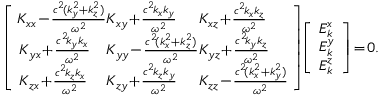
\begin{array} { r l } & { \left[ \begin{array} { l l l } { \! K _ { x x } \! - \! \frac { c ^ { 2 } \! ( k _ { y } ^ { 2 } + k _ { z } ^ { 2 } ) } { \omega ^ { 2 } } \! \! \! } & { \! \! \! K _ { x y } \! + \! \frac { c ^ { 2 } \! k _ { x } k _ { y } } { \omega ^ { 2 } } \! \! \! } & { \! \! \! K _ { x z } \! + \! \frac { c ^ { 2 } \! k _ { x } k _ { z } } { \omega ^ { 2 } } } \\ { K _ { y x } \! + \! \frac { c ^ { 2 } \! k _ { y } k _ { x } } { \omega ^ { 2 } } \! \! \! } & { \! \! \! K _ { y y } \! - \! \frac { c ^ { 2 } \! ( k _ { x } ^ { 2 } + k _ { z } ^ { 2 } ) } { \omega ^ { 2 } } \! \! \! } & { \! \! \! K _ { y z } \! + \! \frac { c ^ { 2 } \! k _ { y } k _ { z } } { \omega ^ { 2 } } } \\ { K _ { z x } \! + \! \frac { c ^ { 2 } \! k _ { z } k _ { x } } { \omega ^ { 2 } } \! \! \! } & { \! \! \! K _ { z y } \! + \! \frac { c ^ { 2 } \! k _ { z } k _ { y } } { \omega ^ { 2 } } \! \! \! } & { \! \! \! K _ { z z } \! - \! \frac { c ^ { 2 } \! ( k _ { x } ^ { 2 } + k _ { y } ^ { 2 } ) } { \omega ^ { 2 } } \! } \end{array} \right] \! \! \left[ \begin{array} { l } { E _ { k } ^ { x } } \\ { E _ { k } ^ { y } } \\ { E _ { k } ^ { z } } \end{array} \right] \! = \! 0 . } \end{array}